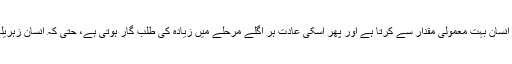
حقیقت یہ ہے کہ نشہ کی ابتداء انسان بہت معمولی مقدار سے کرتا ہے اور پھر اسکی عادت ہر اگلے مرحلے میں زیادہ کی طلب گار ہوتی ہے، حتیٰ کہ انسان زہریلے انجکشن تک لگانے لگتا ہے۔